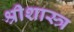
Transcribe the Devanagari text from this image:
श्रीशास्त्र